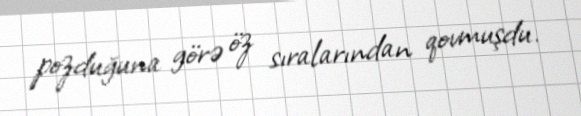
pozduğuna görə öz sıralarından qovmuşdu.